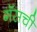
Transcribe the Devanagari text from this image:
गॅसची